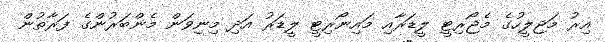
އިރު މަޖިލީހުގެ މެޖޯރިޓީ ލީޑަރާއި މައިނޯރިޓީ ލީޑަރު އަދި މިނިވަން މެންބަރުންގެ ފަރާތުން